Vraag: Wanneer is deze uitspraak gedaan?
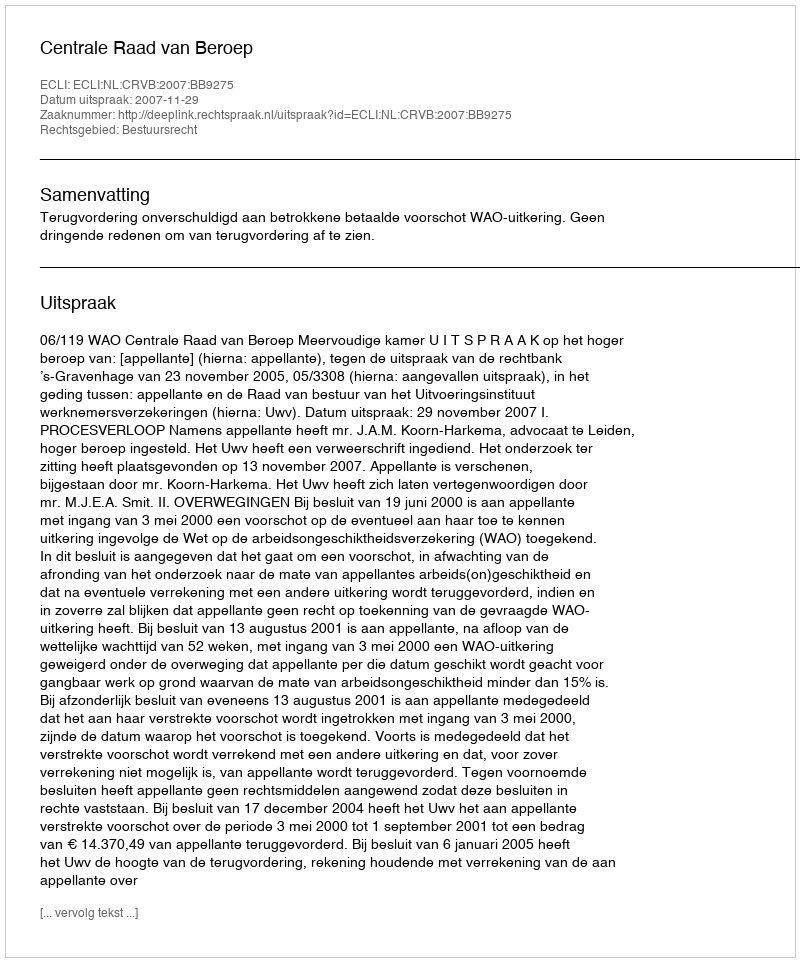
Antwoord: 2007-11-29